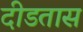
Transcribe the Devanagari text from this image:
दीडतास